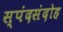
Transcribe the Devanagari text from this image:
स्पंदसंदोह